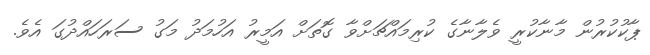
ޕާކުކުރުން މާނާކުރީ ވެލާނާގެ ކުރިމައްޗަށްވާ ގޮތަށް އަމީރު އަހުމަދު މަގު ސަރަހައްދުގަ އެވެ.